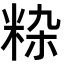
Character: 𬖚